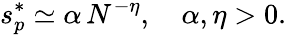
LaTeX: s_{p}^{*}\simeq\alpha\, N^{-\eta},\quad\alpha,\eta>0.